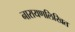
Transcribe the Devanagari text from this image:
नारायणलिखित